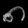
Digit: ၈